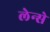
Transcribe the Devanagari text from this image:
लेन्से